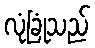
လုံခြုံသည်